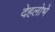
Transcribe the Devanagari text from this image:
देहलोभें